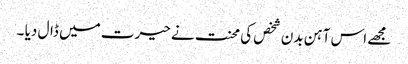
مجھے اس آہن بدن شخص کی محنت نے حیرت میں ڈال دیا ۔